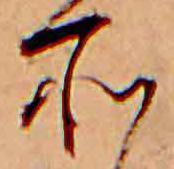
所